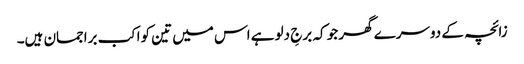
زائچہ کے دوسرے گھر جو کہ برجِ دلو ہے اس میں تین کواکب براجمان ہیں۔